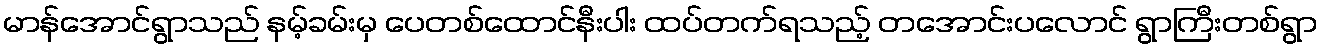
မာန်အောင်ရွာသည် နမ့်ခမ်းမှ ပေတစ်ထောင်နီးပါး ထပ်တက်ရသည့် တအောင်းပလောင် ရွာကြီးတစ်ရွာ